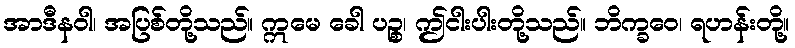
အာဒီနဝါ၊ အပြစ်တို့သည်။ ဣမေ ခေါ ပဉ္စ၊ ဤငါးပါးတို့သည်။ ဘိက္ခဝေ၊ ရဟန်းတို့။